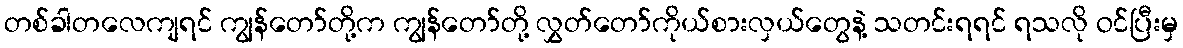
တစ်ခါတလေကျရင် ကျွန်တော်တို့က ကျွန်တော်တို့ လွှတ်တော်ကိုယ်စားလှယ်တွေနဲ့ သတင်းရရင် ရသလို ဝင်ပြီးမှ